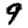
Digit: 9